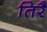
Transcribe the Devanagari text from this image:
तिरै